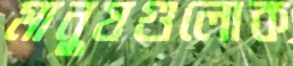
মানুষগুলোক